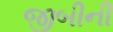
જીબીની